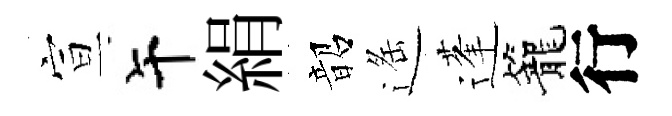
宣午絹韶遥蓬籠行